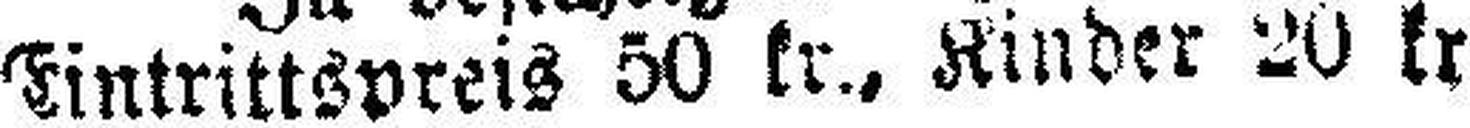
Eintrittsvreis 50 kr., Kinder 20 kr